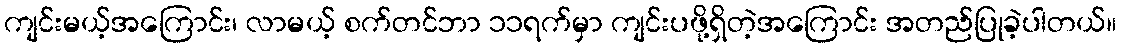
ကျင်းမယ့်အကြောင်း၊ လာမယ့် စက်တင်ဘာ ၁၁ရက်မှာ ကျင်းပဖို့ရှိတဲ့အကြောင်း အတည်ပြုခဲ့ပါတယ်။